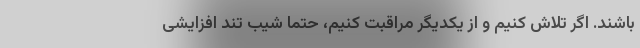
باشند. اگر تلاش کنیم و از یکدیگر مراقبت کنیم، حتما شیب تند افزایشی